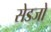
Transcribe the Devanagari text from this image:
सेडजो